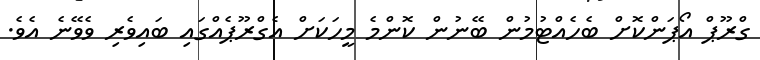
ގްރޫޕް އޯޕަންކޮށް ބެހެއްޓުމުން ބޭނުން ކޮންމެ މީހަކަށް އެގްރޫޕެއްގައި ބައިވެރި ވެވޭނެ އެވެ.